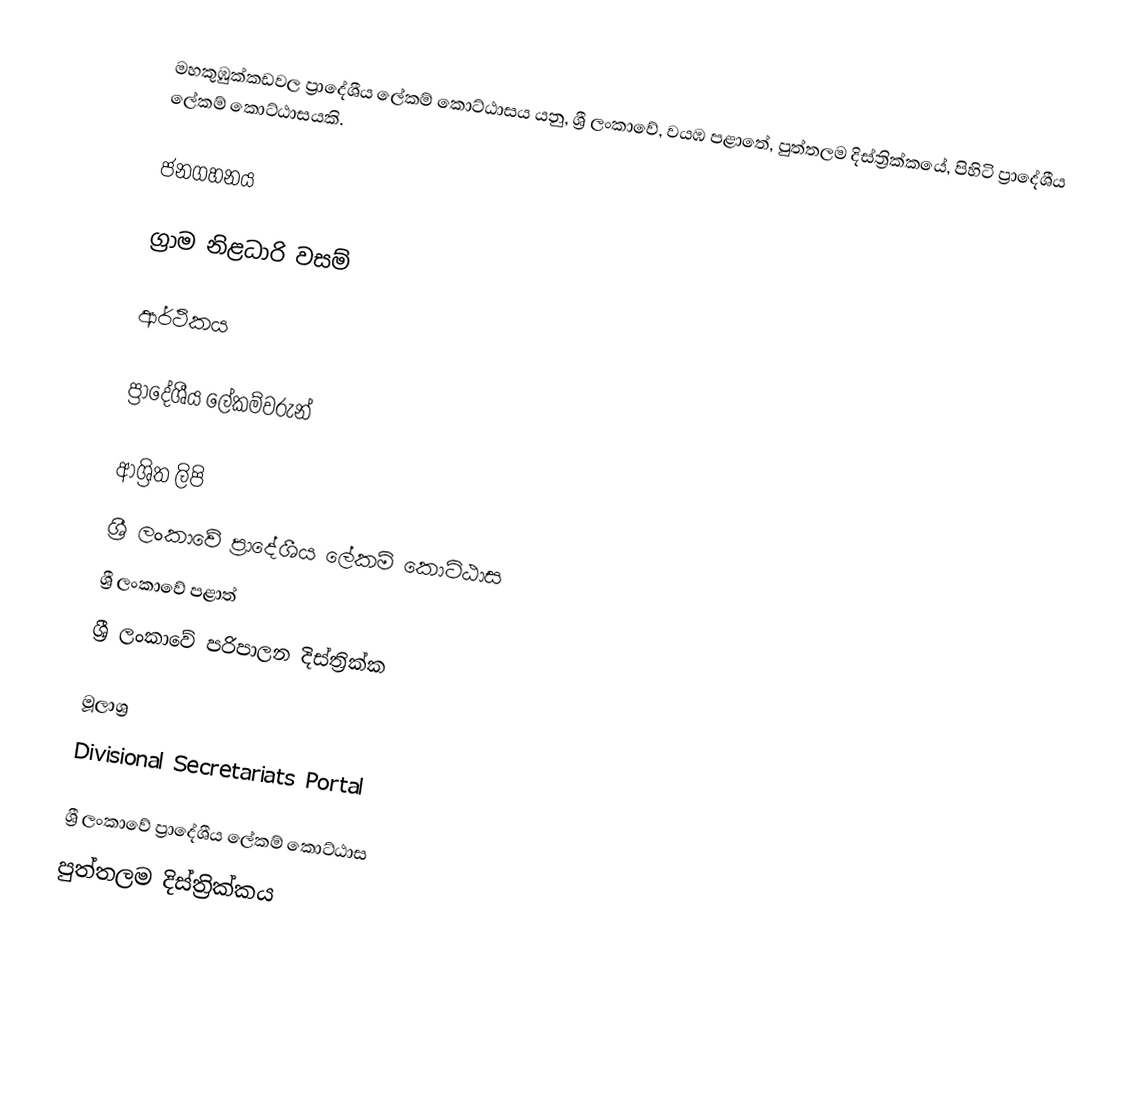
මහකුඹුක්කඩවල ප්‍රාදේශීය ලේකම් කොට්ඨාසය යනු,  ශ්‍රී ලංකාවේ, වයඹ පළාතේ,   පුත්තලම දිස්ත්‍රික්කයේ, පිහිටි ප්‍රාදේශීය ලේකම් කොට්ඨාසයකි.

ජනගහනය

ග්‍රාම නිළධාරි වසම්

ආර්ථිකය

ප්‍රාදේශීය ලේකම්වරුන්

ආශ්‍රිත ලිපි
ශ්‍රී ලංකාවේ ප්‍රාදේශීය ලේකම් කොට්ඨාස
ශ්‍රී ලංකාවේ පළාත්
ශ්‍රී ලංකාවේ පරිපාලන දිස්ත්‍රික්ක

මූලාශ්‍ර
 Divisional Secretariats Portal

ශ්‍රී ලංකාවේ ප්‍රාදේශීය ලේකම් කොට්ඨාස
පුත්තලම දිස්ත්‍රික්කය